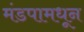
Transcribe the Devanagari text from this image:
मंडपामधून